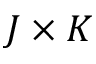
J \times K